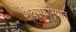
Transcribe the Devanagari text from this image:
शेक्स्फेरियान